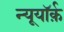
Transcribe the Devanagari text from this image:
न्यूयॉर्क़